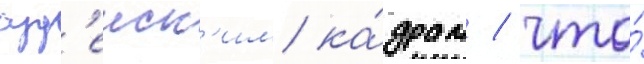
суд'еиск'им ка́драм / что́